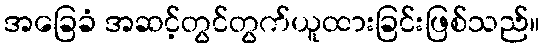
အခြေခံ အဆင့်တွင်တွက်ယူထားခြင်းဖြစ်သည်။